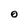
Character: 0